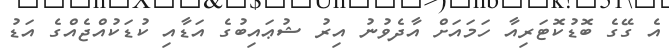
އެ ގޭގެ ބޮޑުކޮޓަރިއާ ހަމައަށް އާދެވުނު އިރު ޝުޢައިބުގެ އަޑާއި ކުޑަކުއްޖެއްގެ އަޑު